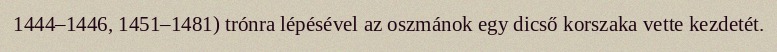
1444–1446, 1451–1481) trónra lépésével az oszmánok egy dicső korszaka vette kezdetét.